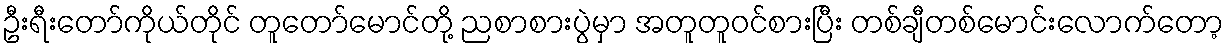
ဦးရီးတော်ကိုယ်တိုင် တူတော်မောင်တို့ ညစာစားပွဲမှာ အတူတူဝင်စားပြီး တစ်ချီတစ်မောင်းလောက်တော့